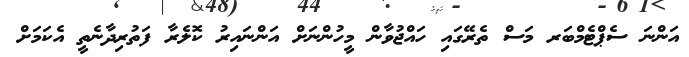
އަންނަ ސެޕްޓެމްބަރ މަސް ތެރޭގައި ހައްޖުވާން މީހުންނަށް އަންނައިރު ކޮލެރާ ފަތުރިދާނެތީ އެކަމަށް